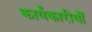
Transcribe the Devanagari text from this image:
कार्यकारीयों